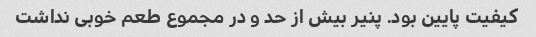
کیفیت پایین بود. پنیر بیش از حد و در مجموع طعم خوبی نداشت